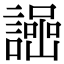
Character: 𧬌